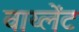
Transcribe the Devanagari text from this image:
वाय्लेंट